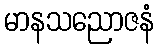
မာနသညောဇနံ